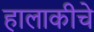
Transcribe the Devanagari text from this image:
हालाकीचे